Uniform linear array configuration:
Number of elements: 16
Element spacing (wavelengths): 0.75
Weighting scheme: kaiser
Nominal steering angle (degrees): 60
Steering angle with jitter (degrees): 60.084
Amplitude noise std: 0.05
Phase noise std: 0.05

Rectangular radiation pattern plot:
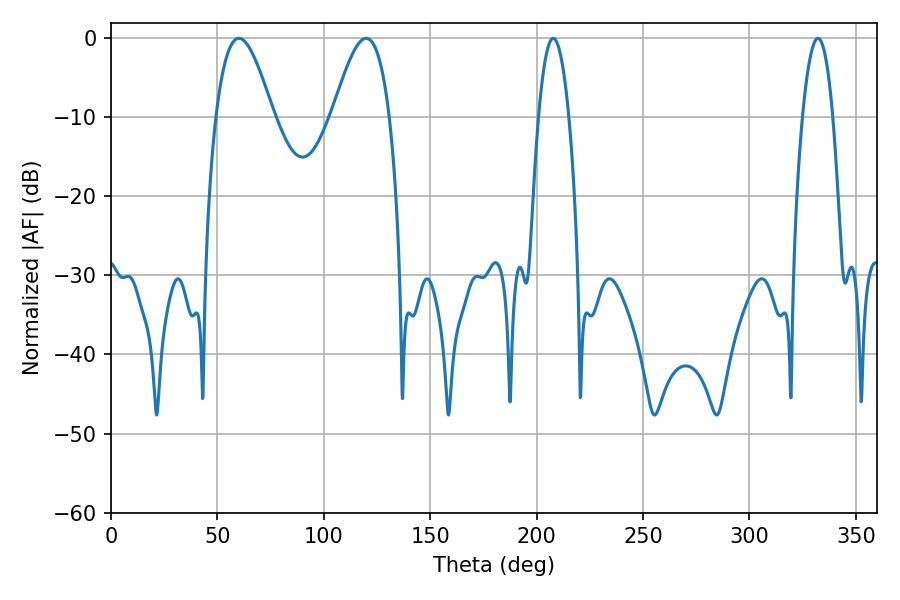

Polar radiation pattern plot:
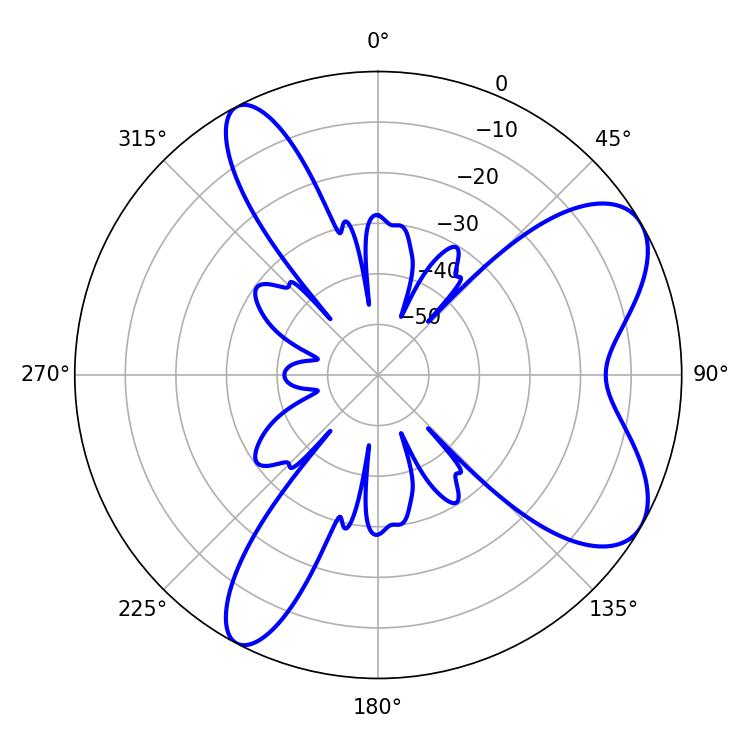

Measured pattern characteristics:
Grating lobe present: TRUE
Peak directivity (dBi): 7.456
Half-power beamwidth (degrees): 14.58
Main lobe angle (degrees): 60.12